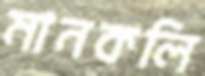
মানকলি